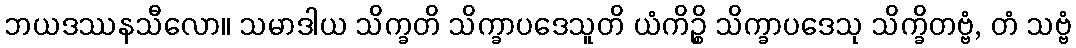
ဘယဒဿနသီလော။ သမာဒါယ သိက္ခတိ သိက္ခာပဒေသူတိ ယံကိဉ္စိ သိက္ခာပဒေသု သိက္ခိတဗ္ဗံ, တံ သဗ္ဗံ